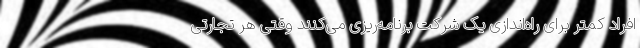
افراد کمتر برای راه‌اندازی یک شرکت برنامه‌ریزی می‌کنند وقتی هر تجارتی